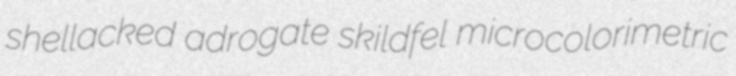
shellacked adrogate skildfel microcolorimetric